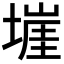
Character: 𭏡